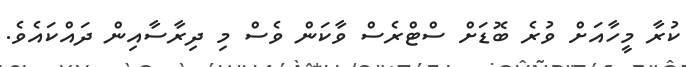
ކުރާ މީހާއަށް ވުރެ ބޮޑަށް ސްޓްރެސް ވާކަން ވެސް މި ދިރާސާއިން ދައްކައެވެ.